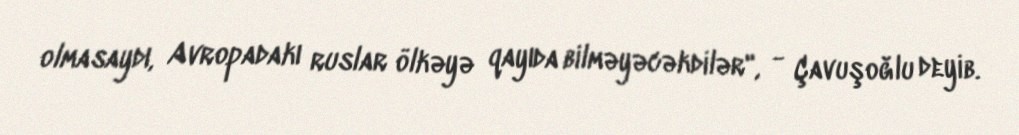
olmasaydı, Avropadakı ruslar ölkəyə qayıda bilməyəcəkdilər", - Çavuşoğlu deyib.